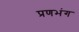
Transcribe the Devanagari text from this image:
प्रणभंग